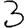
Digit: 3